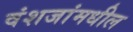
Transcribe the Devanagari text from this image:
वंशजांमधील